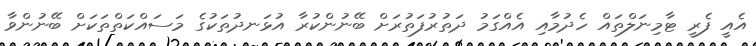
އެއީ ފެރީ ޓާމިނަލްތައް ހެދުމާއި އެއްގަމު ދަތުރުފަތުރަށް ބޭނުންކުރާ އުޅަނދުތަކުގެ މަސައްކަތްތަކަށް ބޭނުންވާ